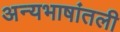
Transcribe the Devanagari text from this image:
अन्यभाषांतली